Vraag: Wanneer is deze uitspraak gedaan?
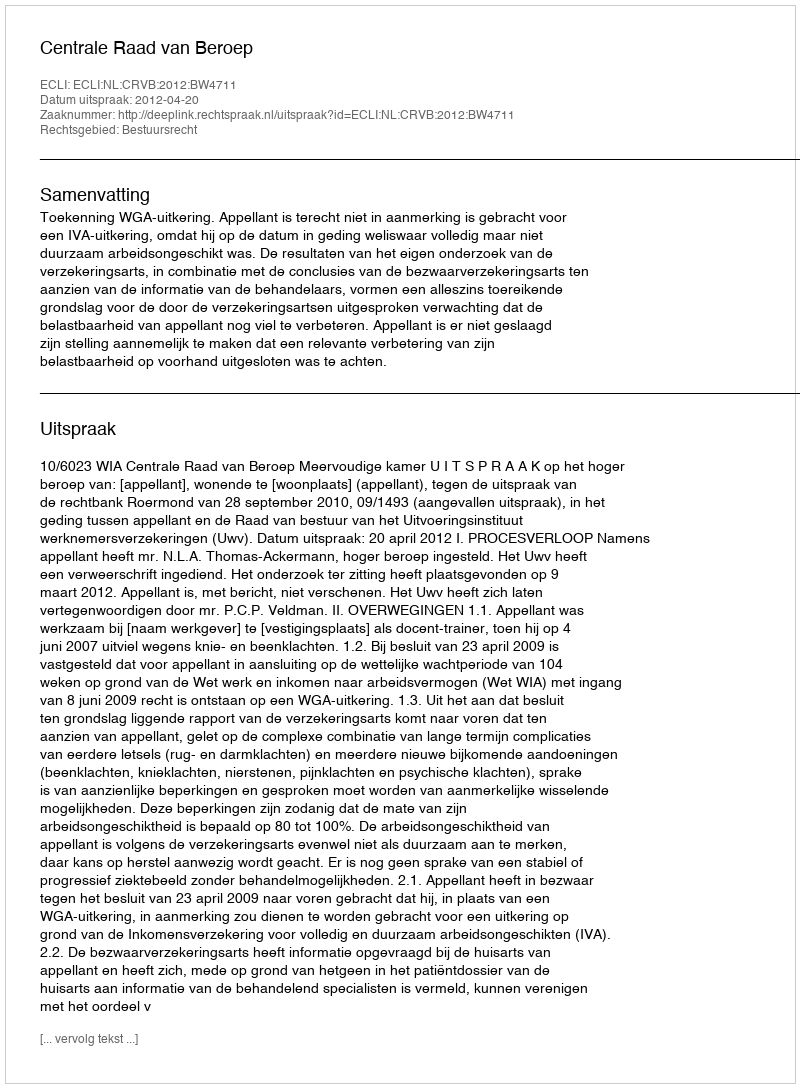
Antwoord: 2012-04-20